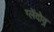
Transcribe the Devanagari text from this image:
ग्लेंदोव्र